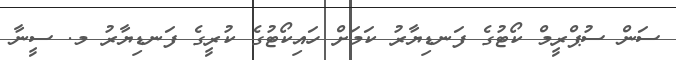
ސަން ސުޕްރީމް ކޯޓުގެ ފަނޑިޔާރު ކަމަށް ހައިކޯޓުގެ ކުރީގެ ފަނޑިޔާރު މ. ސީނާ